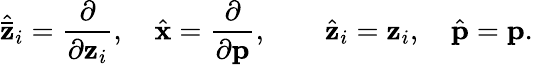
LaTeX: {\hat{\mathbf{\bar{z}}}}_{i}=\frac{\partial}{\partial{\mathbf z}_{i}},\quad{\hat{\mathbf x}}=\frac{\partial}{\partial{\mathbf p}},\quad\quad{\hat{\mathbf{z}}}_{i}={\mathbf z}_{i},\quad{\hat{\mathbf p}}={\mathbf p}.